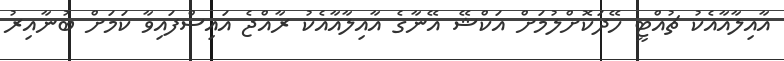
އާއިލާއާއެކު ޗުއްޓީ ހޭދަކޮށްލުމަށް އަކްޝޭ އޭނާގެ އާއިލާއާއެކު ރާއްޖެ އައިސްފައިވާ ކަމަށް ބުނާއިރު